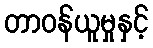
တာဝန်ယူမှုနှင့်